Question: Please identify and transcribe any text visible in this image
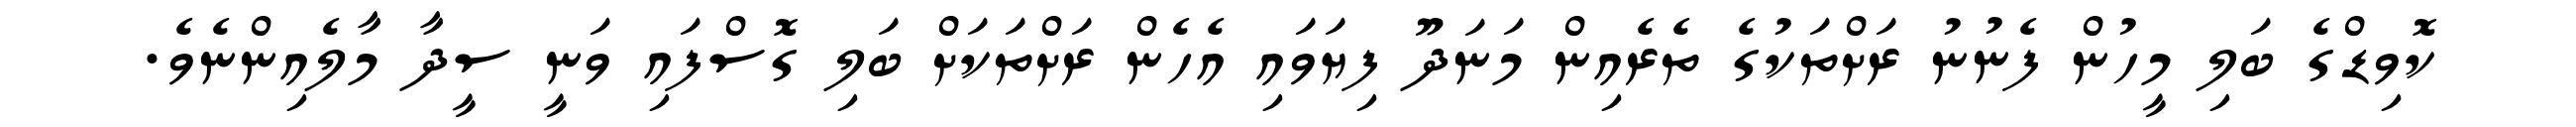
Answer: ކޮވިޑްގެ ބަލި މީހުން ފެނުނު ރަށްތަކުގެ ތެރެއިން މަނަދޫ ފިޔަވައި އެހެން ރަށްތަކަށް ބަލި ގޮސްފައި ވަނީ ސީދާ މާލެއިންނެވެ.